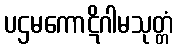
ပဌမကောဋိဂါမသုတ္တံ